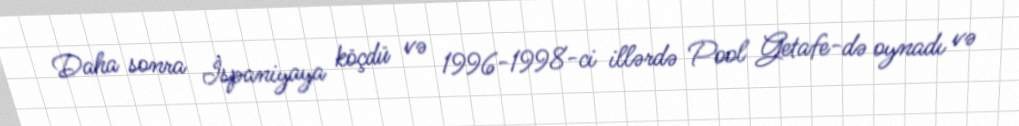
Daha sonra İspaniyaya köçdü və 1996-1998-ci illərdə Pool Getafe-də oynadı və